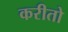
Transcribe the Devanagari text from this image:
करीतो